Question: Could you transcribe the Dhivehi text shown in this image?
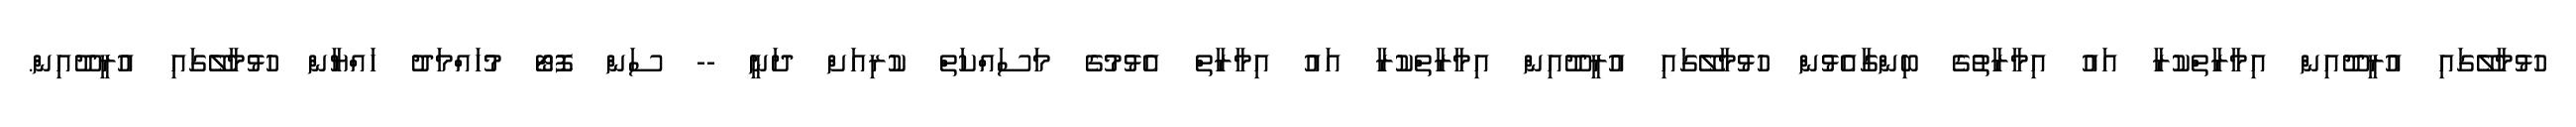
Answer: ހުޅުމާލޭގައި އުރީދޫއިން އިމާރާތްކުރާ އައު އިމާރާތުގެ ބިންގާއެޅުން ހުޅުމާލޭގައި އުރީދޫއިން އިމާރާތްކުރާ އައު އިމާރާތް އެޅުމުގެ މަސައްކަތް ކުރިއަށް ދަނީ -- ސަން ފޮޓޯ މުހައްމަދު ހައްޔާން ހުޅުމާލޭގައި އުރީދޫއިން.